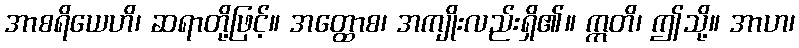
အာစရိယေဟိ၊ ဆရာတို့ဖြင့်။ အတ္ထောစ၊ အကျိုးလည်းရှိ၏။ ဣတိ၊ ဤသို့။ အာဟ၊